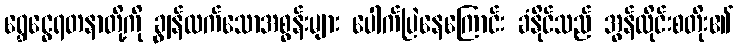
ရွှေငွေရတနာတို့ကို ချွန်ထက်သောအစွန်းများ ပေါက်ပြဲနေကြောင်း ခံနိုင်သည် အွန်လိုင်းစတိုး၏